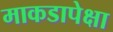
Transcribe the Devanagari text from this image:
माकडापेक्षा